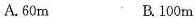
A.60m B.100m